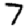
Digit: 7